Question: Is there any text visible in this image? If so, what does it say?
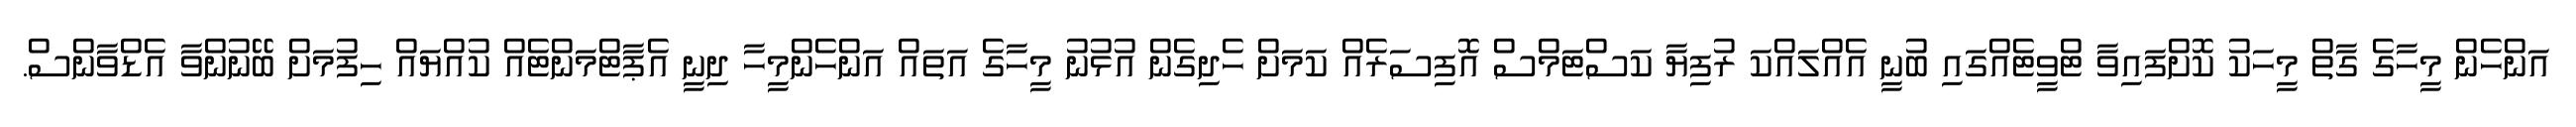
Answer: އަންހެން މީހާގެ ގާތް މީހަކު ކޮށްފައިވާ ޓްވީޓެއްގައި ބުނީ އެއްލައްކަ ރުފިޔާ ކަސްޓަމްސް އޮފިސަރެއް ކަމަށް ހެދިގެން އުޅުނު މީހާގެ އަތައް އަންހެންމީހާ ދިނީ އެޕާޓްމަންޓެއް ކުއްޔައް ހިފުމަށް ބޭނުންވާ އެޑްވާންސް.